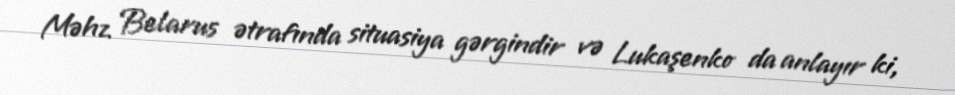
Məhz Belarus ətrafında situasiya gərgindir və Lukaşenko da anlayır ki,